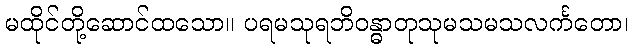
မထိုင်တို့ဆောင်ထသော။ ပရမသုရဘိဝန္ဓာတုသုမသမသလင်္ကတော၊